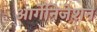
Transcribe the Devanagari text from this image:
आर्गेनिजेशन